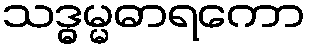
သဒ္ဓမ္မဓာရကော